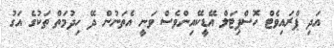
އަދި ޕްރައިވެޓް ހޮސްޕިޓަލް އޭޑީކޭއިންވެސް ވަނީ އެތަނުން ދޭ ހިދުމަތް ތަކުގެ އަގު